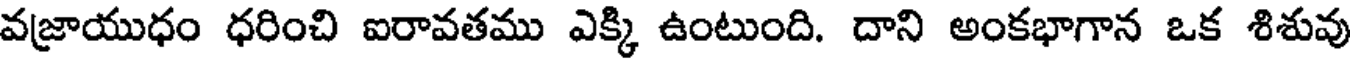
వజ్రాయుధం ధరించి ఐరావతము ఎక్కి ఉంటుంది. దాని అంకభాగాన ఒక శిశువు